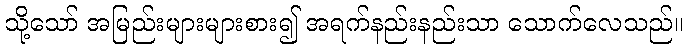
သို့သော် အမြည်းများများစား၍ အရက်နည်းနည်းသာ သောက်လေသည်။